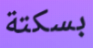
بسكتة